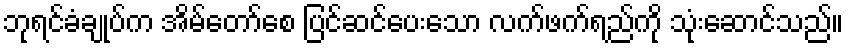
ဘုရင်ခံချုပ်က အိမ်တော်စေ ပြင်ဆင်ပေးသော လက်ဖက်ရည်ကို သုံးဆောင်သည်။